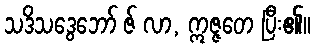
သဒိသဒွေဘော် ဇ် လာ, ဣဇ္ဇတေ ပြီး၏။